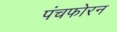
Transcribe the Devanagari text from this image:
पंचफोरन